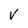
Character: V